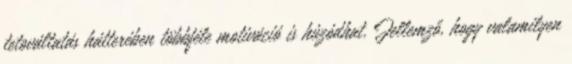
tetováltatás hátterében többféle motiváció is húzódhat. Jellemző, hogy valamilyen